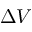
\Delta V